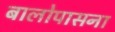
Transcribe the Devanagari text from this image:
बालोपासना